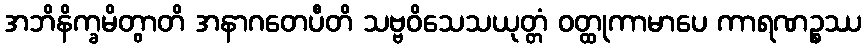
အဘိနိက္ခမိတွာတိ အနာဂတေပီတိ သဗ္ဗဝိသေသယုတ္တံ ဝတ္ထုကာမာပေ ကာရဏဉ္စဿ